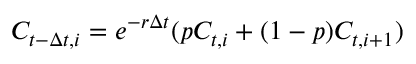
C _ { t - \Delta t , i } = e ^ { - r \Delta t } ( p C _ { t , i } + ( 1 - p ) C _ { t , i + 1 } )